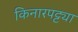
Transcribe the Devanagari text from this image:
किनारपट्ट्या